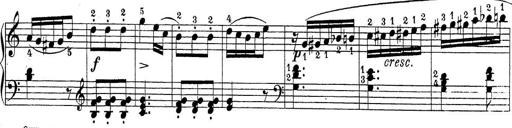
Title: Sonatina Album
Composer: Louis KÃ¶hler